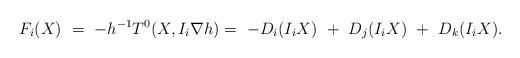
LaTeX: \begin{align*}F_i(X)\ =\ - h^{-1}{T^0}(X,I_i\nabla h)=\ -D_i(I_iX)\ +\ D_j(I_i X)\ +\ D_k(I_iX).\end{align*}